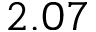
2 . 0 7